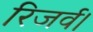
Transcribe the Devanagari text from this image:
रिजर्व।